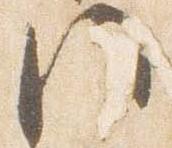
門